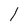
Character: l